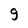
Character: g